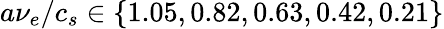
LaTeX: a\nu_{e}/c_{s}\in\{ 1.05,0.82,0.63,0.42,0.21\}